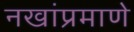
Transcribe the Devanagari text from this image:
नखांप्रमाणे